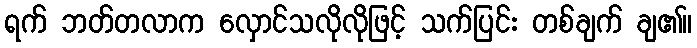
ရက် ဘတ်တလာက လှောင်သလိုလိုဖြင့် သက်ပြင်း တစ်ချက် ချ၏။